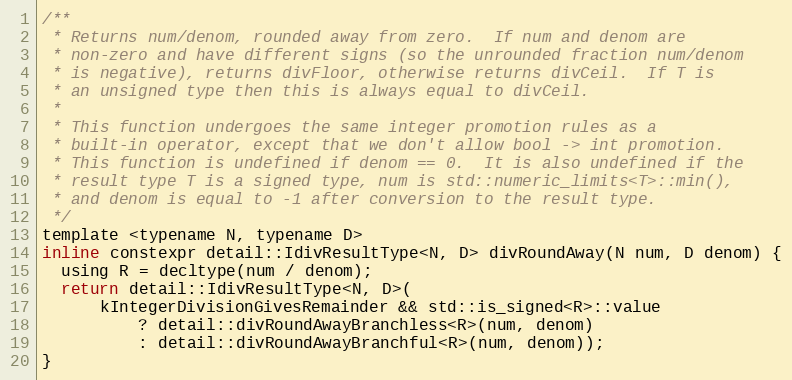
Language: C
/**
 * Returns num/denom, rounded away from zero.  If num and denom are
 * non-zero and have different signs (so the unrounded fraction num/denom
 * is negative), returns divFloor, otherwise returns divCeil.  If T is
 * an unsigned type then this is always equal to divCeil.
 *
 * This function undergoes the same integer promotion rules as a
 * built-in operator, except that we don't allow bool -> int promotion.
 * This function is undefined if denom == 0.  It is also undefined if the
 * result type T is a signed type, num is std::numeric_limits<T>::min(),
 * and denom is equal to -1 after conversion to the result type.
 */
template <typename N, typename D>
inline constexpr detail::IdivResultType<N, D> divRoundAway(N num, D denom) {
  using R = decltype(num / denom);
  return detail::IdivResultType<N, D>(
      kIntegerDivisionGivesRemainder && std::is_signed<R>::value
          ? detail::divRoundAwayBranchless<R>(num, denom)
          : detail::divRoundAwayBranchful<R>(num, denom));
}